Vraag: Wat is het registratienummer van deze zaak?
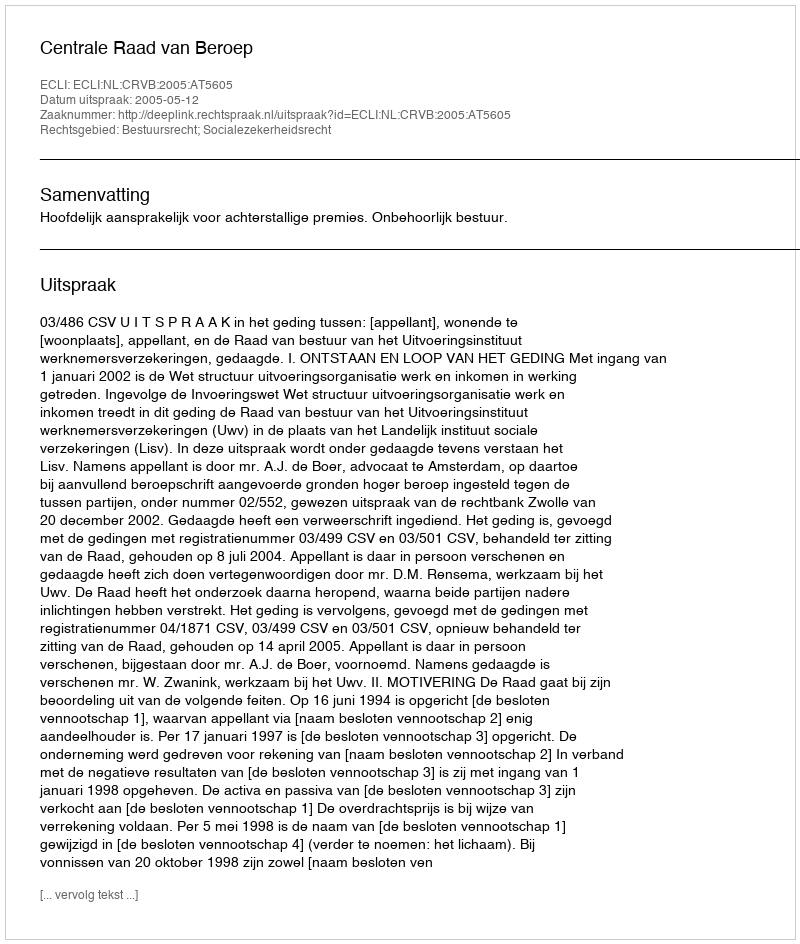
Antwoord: http://deeplink.rechtspraak.nl/uitspraak?id=ECLI:NL:CRVB:2005:AT5605